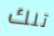
تلك